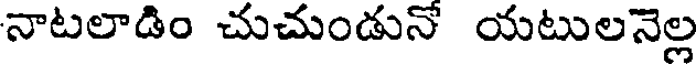
నాటలాడిం చుచుండునో యటులనెల్ల